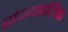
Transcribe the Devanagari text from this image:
संग्यहरिक